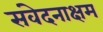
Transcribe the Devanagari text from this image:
संवेदनाक्षम